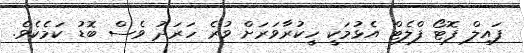
ފައިލް ފޮޓޯ ފްލެޓް އެޅުމަކީ ހީކުރާވަރަށް ވުރެ ހަރަދު ވެސް ބޮޑު ކަމެކެވެ.